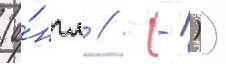
(а́нгл // - -))